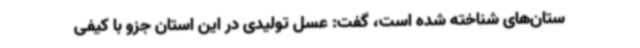
ستان‌های شناخته شده است، گفت: عسل تولیدی در این استان جزو با کیفی